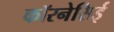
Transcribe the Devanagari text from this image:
कॉरनेसिई